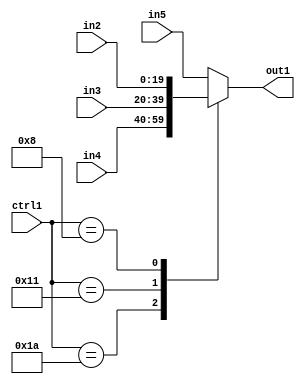
`timescale 1ps / 1ps
/*****************************************************************************
    Verilog RTL Description
    
    
    Created by: Stratus DpOpt 21.05.01 
*******************************************************************************/

module SobelFilter_N_Mux_20_4_1_4 (
	in5,
	in4,
	in3,
	in2,
	ctrl1,
	out1
	); /* architecture "behavioural" */ 
input [19:0] in5,
	in4,
	in3,
	in2;
input [4:0] ctrl1;
output [19:0] out1;
wire [19:0] asc001;

reg [19:0] asc001_tmp_0;
assign asc001 = asc001_tmp_0;
always @ (ctrl1 or in4 or in3 or in2 or in5) begin
	casez (ctrl1)
		5'B11010 : asc001_tmp_0 = in4 ;
		5'B10001 : asc001_tmp_0 = in3 ;
		5'B01000 : asc001_tmp_0 = in2 ;
		default : asc001_tmp_0 = in5 ;
	endcase
end

assign out1 = asc001;
endmodule

/* CADENCE  v7f2SQ8= : u9/ySxbfrwZIxEzHVQQV8Q== ** DO NOT EDIT THIS LINE ******/